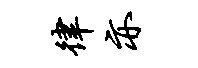
律亦